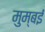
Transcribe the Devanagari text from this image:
मुम्बईं